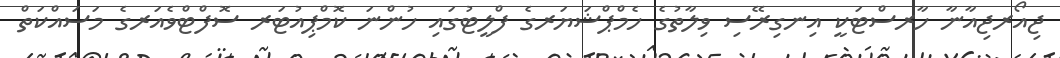
ޖިއޯރޖިއާނާ ހާރސްޓަކީ އިނގިރޭސި ވިލާތުގެ ހެމްޕްޝަޔަރގެ ފްލީޓުގައި ހުންނަ ކޮމްޕިއުޓަރ ސޮފްޓްވެއަރގެ މަސައްކަތް